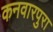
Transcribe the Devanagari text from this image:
कनवारपुरा